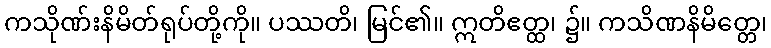
ကသိုဏ်းနိမိတ်ရုပ်တို့ကို။ ပဿတိ၊ မြင်၏။ ဣတိဧတ္ထ၊ ၌။ ကသိဏနိမိတ္တေ၊